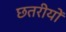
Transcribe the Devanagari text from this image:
छतरीयों